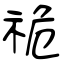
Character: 祪